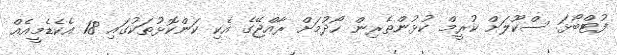
ފުޓްބޯޅަ ސްކޫލަށް ކުރީމް ކުޅުންތެރިން ހޯދުމަށް ރާއްޖޭގެ އެކި ކަންކޮޅުތަކުގައި 18 އެކެޑެމީއެއް